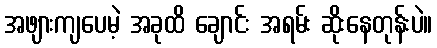
အဖျားကျပေမဲ့ အခုထိ ချောင်း အရမ်း ဆိုးနေတုန်းပဲ။